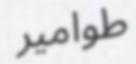
طوامير